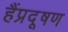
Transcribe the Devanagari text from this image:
हैंप्रदूषण